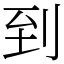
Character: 到